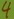
Text: 4